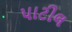
પાટીલ